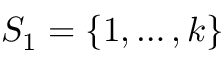
S _ { 1 } = \left\{ 1 , \ldots , k \right\}